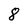
Character: 8